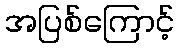
အပြစ်ကြောင့်